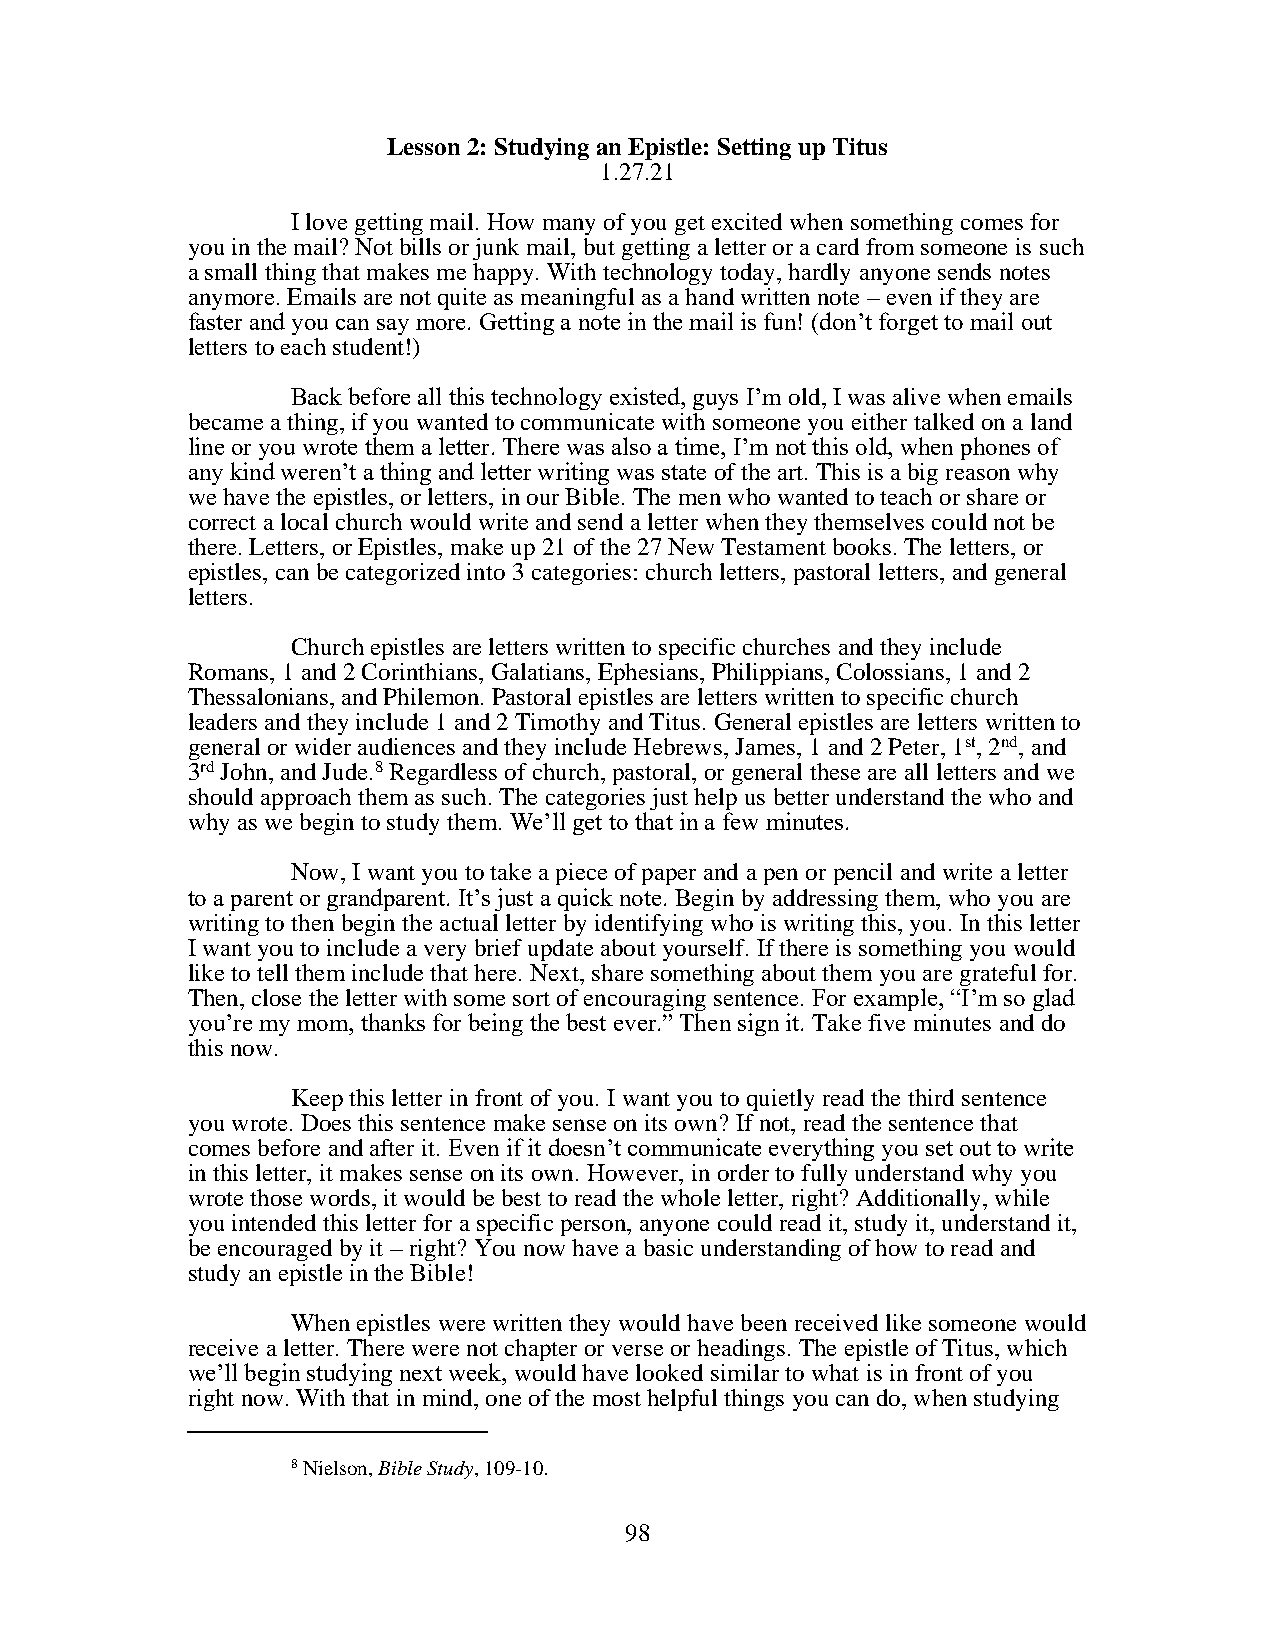
Lesson 2: Studying an Epistle: Setting up Titus
 1.27.21
 I love getting mail. How many of you get excited when something comes for
 you in the mail? Not bills or junk mail, but getting a letter or a card from someone is such
 a small thing that makes me happy. With technology today, hardly anyone sends notes
 anymore. Emails are not quite as meaningful as a hand written note – even if they are
 faster and you can say more. Getting a note in the mail is fun! (don’t forget to mail out
 letters to each student!)
 Back before all this technology existed, guys I’m old, I was alive when emails
 became a thing, if you wanted to communicate with someone you either talked on a land
 line or you wrote them a letter. There was also a time, I’m not this old, when phones of
 any kind weren’t a thing and letter writing was state of the art. This is a big reason why
 we have the epistles, or letters, in our Bible. The men who wanted to teach or share or
 correct a local church would write and send a letter when they themselves could not be
 there. Letters, or Epistles, make up 21 of the 27 New Testament books. The letters, or
 epistles, can be categorized into 3 categories: church letters, pastoral letters, and general
 letters.
 Church epistles are letters written to specific churches and they include
 Romans, 1 and 2 Corinthians, Galatians, Ephesians, Philippians, Colossians, 1 and 2
 Thessalonians, and Philemon. Pastoral epistles are letters written to specific church
 leaders and they include 1 and 2 Timothy and Titus. General epistles are letters written to
 general or wider audiences and they include Hebrews, James, 1 and 2 Peter, 1st, 2nd, and
 3rd John, and Jude.8 Regardless of church, pastoral, or general these are all letters and we
 should approach them as such. The categories just help us better understand the who and
 why as we begin to study them. We’ll get to that in a few minutes.
 Now, I want you to take a piece of paper and a pen or pencil and write a letter
 to a parent or grandparent. It’s just a quick note. Begin by addressing them, who you are
 writing to then begin the actual letter by identifying who is writing this, you. In this letter
 I want you to include a very brief update about yourself. If there is something you would
 like to tell them include that here. Next, share something about them you are grateful for.
 Then, close the letter with some sort of encouraging sentence. For example, “I’m so glad
 you’re my mom, thanks for being the best ever.” Then sign it. Take five minutes and do
 this now.
 Keep this letter in front of you. I want you to quietly read the third sentence
 you wrote. Does this sentence make sense on its own? If not, read the sentence that
 comes before and after it. Even if it doesn’t communicate everything you set out to write
 in this letter, it makes sense on its own. However, in order to fully understand why you
 wrote those words, it would be best to read the whole letter, right? Additionally, while
 you intended this letter for a specific person, anyone could read it, study it, understand it,
 be encouraged by it – right? You now have a basic understanding of how to read and
 study an epistle in the Bible!
 When epistles were written they would have been received like someone would
 receive a letter. There were not chapter or verse or headings. The epistle of Titus, which
 we’ll begin studying next week, would have looked similar to what is in front of you
 right now. With that in mind, one of the most helpful things you can do, when studying
 8 Nielson, Bible Study, 109-10.
 98